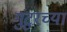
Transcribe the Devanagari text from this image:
गुंटुरच्या